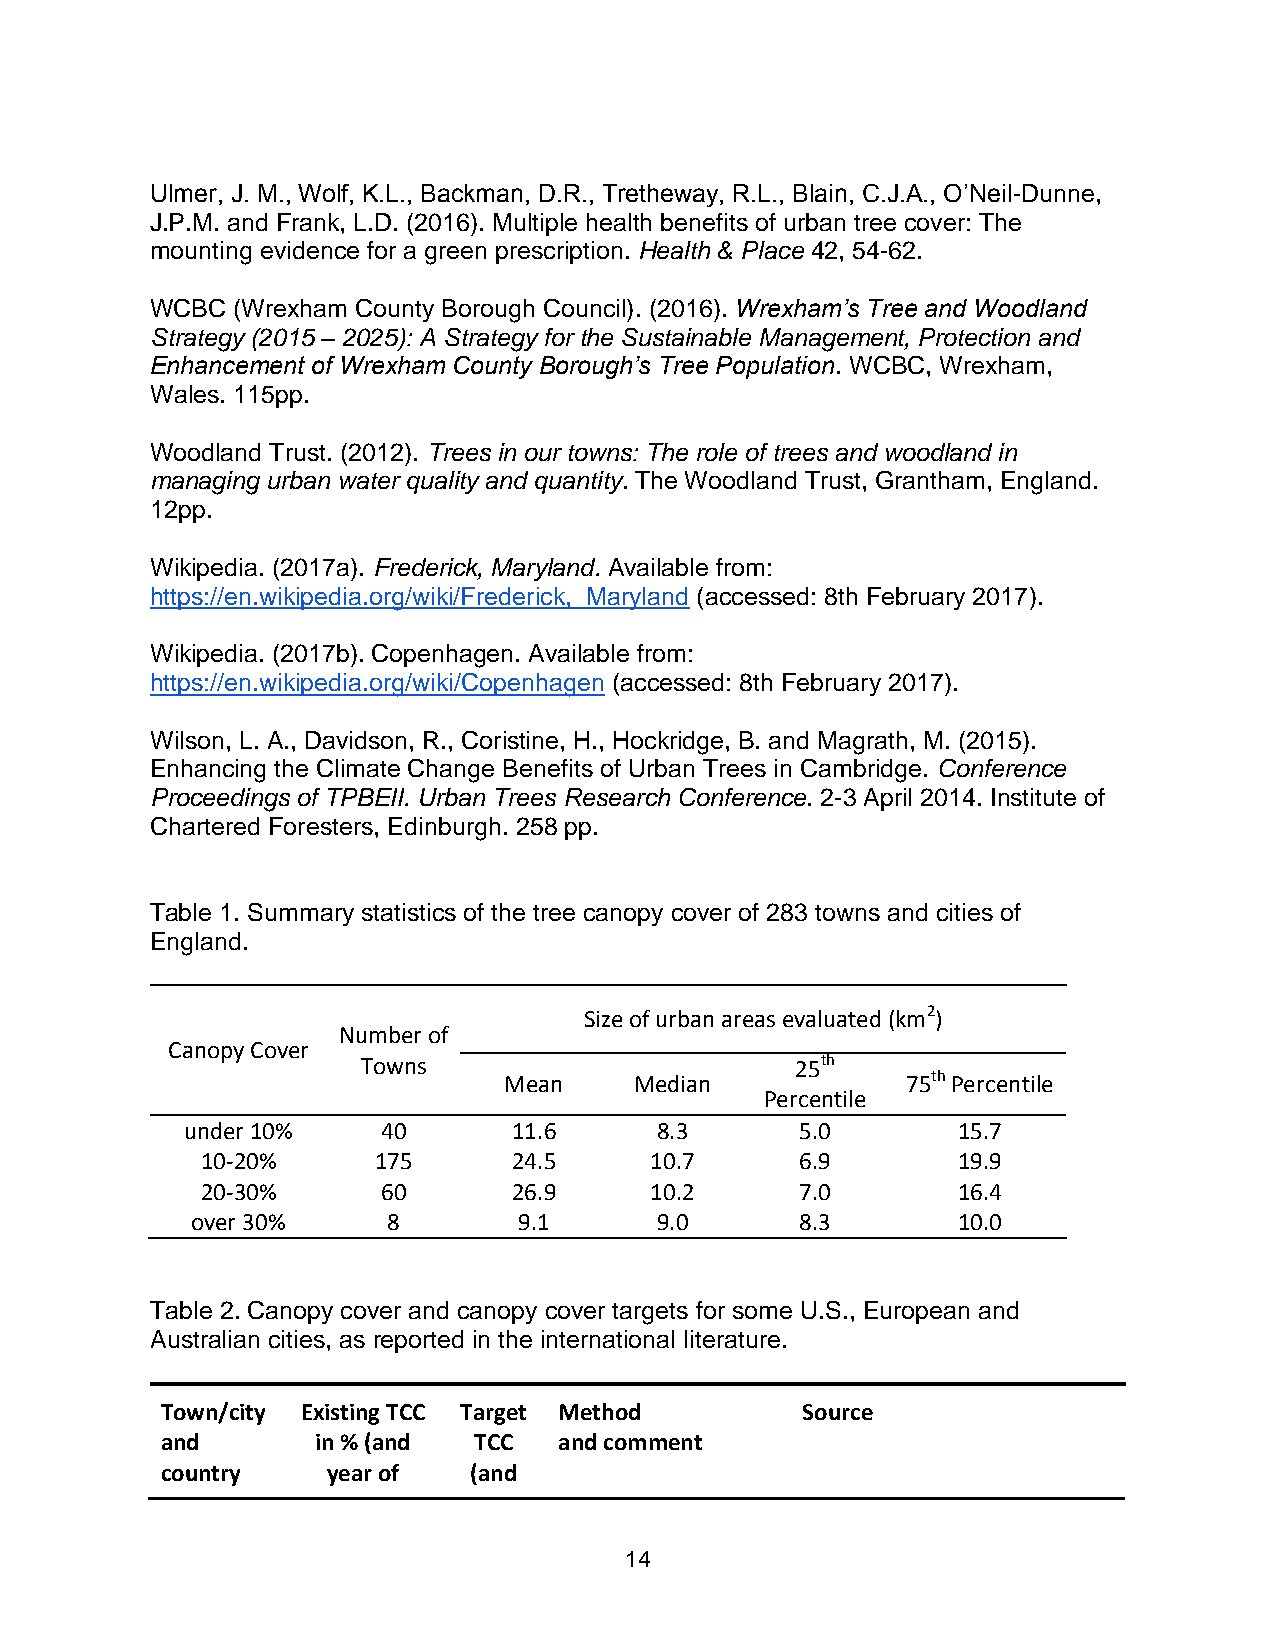
Ulmer, J. M., Wolf, K.L., Backman, D.R., Tretheway, R.L., Blain, C.J.A., O’Neil-Dunne,
 J.P.M. and Frank, L.D. (2016). Multiple health benefits of urban tree cover: The
 mounting evidence for a green prescription. Health & Place 42, 54-62.
 WCBC (Wrexham County Borough Council). (2016). Wrexham’s Tree and Woodland
 Strategy (2015 – 2025): A Strategy for the Sustainable Management, Protection and
 Enhancement of Wrexham County Borough’s Tree Population. WCBC, Wrexham,
 Wales. 115pp.
 Woodland Trust. (2012). Trees in our towns: The role of trees and woodland in
 managing urban water quality and quantity. The Woodland Trust, Grantham, England.
 12pp.
 Wikipedia. (2017a). Frederick, Maryland. Available from:
 https://en.wikipedia.org/wiki/Frederick,_Maryland (accessed: 8th February 2017).
 Wikipedia. (2017b). Copenhagen. Available from:
 https://en.wikipedia.org/wiki/Copenhagen (accessed: 8th February 2017).
 Wilson, L. A., Davidson, R., Coristine, H., Hockridge, B. and Magrath, M. (2015).
 Enhancing the Climate Change Benefits of Urban Trees in Cambridge. Conference
 Proceedings of TPBEII. Urban Trees Research Conference. 2-3 April 2014. Institute of
 Chartered Foresters, Edinburgh. 258 pp.
 Table 1. Summary statistics of the tree canopy cover of 283 towns and cities of
 England.
 Size of urban areas evaluated (km2)
 Number of
 Canopy Cover
 Towns                        25th
 Mean     Median            75th Percentile
 Percentile
 under 10%    40       11.6     8.3       5.0       15.7
 10-20%      175      24.5     10.7      6.9       19.9
 20-30%      60       26.9     10.2      7.0       16.4
 over 30%     8       9.1      9.0       8.3       10.0
 Table 2. Canopy cover and canopy cover targets for some U.S., European and
 Australian cities, as reported in the international literature.
 Town/city Existing TCC Target Method      Source
 and       in % (and TCC   and comment
 country    year of  (and
 14